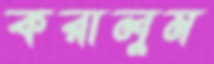
করালুম